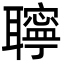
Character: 聹